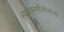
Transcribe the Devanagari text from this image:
न्युरोफार्मोकोलोजी